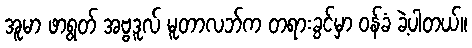
အူမာ ဖာရွတ် အဗ္ဗဒူလ် မူတာလဘ်က တရားခွင်မှာ ဝန်ခံ ခဲ့ပါတယ်။